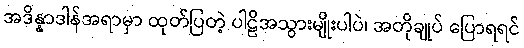
အဒိန္နာဒါန်အရာမှာ ထုတ်ပြတဲ့ ပါဠိအသွားမျိုးပါပဲ၊ အတိုချုပ် ပြောရရင်